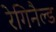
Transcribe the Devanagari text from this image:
रेगिनैल्ड